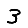
Digit: 3